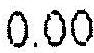
0.00